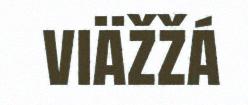
viäžžá